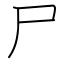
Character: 尸